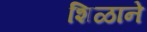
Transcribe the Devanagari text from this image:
शिळाने